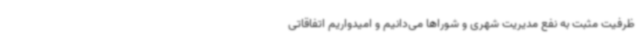
ظرفیت مثبت به نفع مدیریت شهری و شوراها می‌دانیم و امیدواریم اتفاقاتی